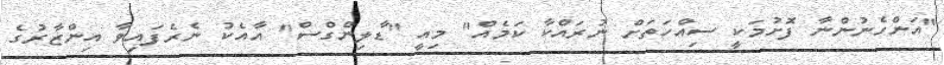
"އަންހެނުންނާ ފޮށުމަކީ ސިއްހަތަށް ނުރައްކާ ކަމެއް" މިއީ "ޑާލިންގްސް" އާއެކު ނެރެފައިވާ އިންޒާރުގެ